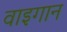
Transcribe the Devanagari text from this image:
वाइगान